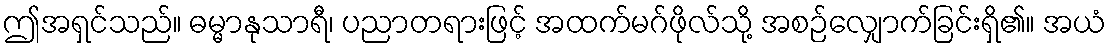
ဤအရှင်သည်။ ဓမ္မာနုသာရီ၊ ပညာတရားဖြင့် အထက်မဂ်ဖိုလ်သို့ အစဉ်လျှောက်ခြင်းရှိ၏။ အယံ